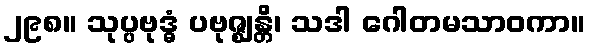
၂၉၈။ သုပ္ပဗုဒ္ဓံ ပဗုဇ္ဈန္တိ၊ သဒါ ဂေါတမသာဝကာ။